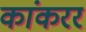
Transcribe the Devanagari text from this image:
कांकरर